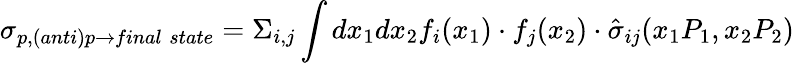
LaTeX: \sigma_{p,(anti)p\rightarrow final\; state}=\Sigma_{i,j}\int dx_{1}dx_{2}f_{i}(x_{1})\cdot f_{j}(x_{2})\cdot\hat{\sigma}_{ij}(x_{1}P_{1},x_{2}P_{2})